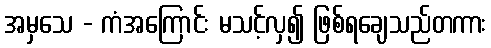
အမှသေ - ကံအကြောင်း မသင့်လှ၍ ဖြစ်ရချေသည်တကား